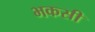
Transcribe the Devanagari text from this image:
भकसी